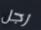
رجل